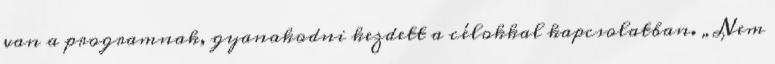
van a programnak, gyanakodni kezdett a célokkal kapcsolatban. „Nem